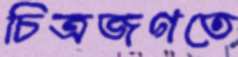
চিত্রজগতে